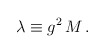
\begin{align*}\lambda \equiv g^2 \, M \, . \end{align*}